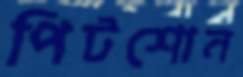
পিটশোন